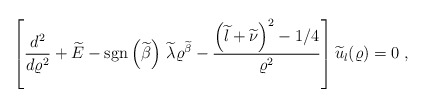
\begin{align*}\left[\frac{d^{2}}{d\varrho^{2}} + \widetilde{E}-{\rm sgn} \left( \widetilde{\beta} \right)\, \widetilde{\lambda} \varrho^{ \widetilde{\beta} }- \frac{\left(\widetilde{l} + \widetilde{\nu} \right)^{2}- 1/4}{\varrho^{2}}\right] \widetilde{u}_{l}(\varrho) = 0\; ,\end{align*}